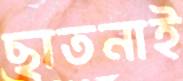
ছাতনাই